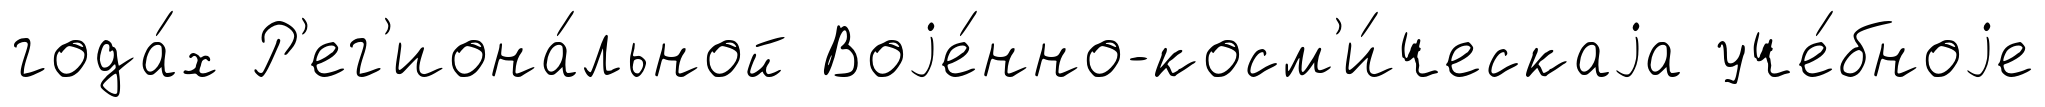
года́х Р'ег'иона́льной Воjе́нно-косм'и́ческаjа уче́бноjе